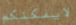
لايمكنكم